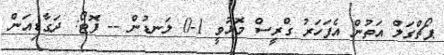
ޕޯޗްގަލް އަތުން އެފަހަރު ގްރީސް މޮޅުވީ 1-0 ލަނޑުން -- ފޮޓޯ: ދަގާޑިއަން